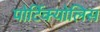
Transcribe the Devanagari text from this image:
पोर्टिक्योलिस